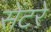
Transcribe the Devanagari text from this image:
सेंटरे